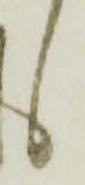
候